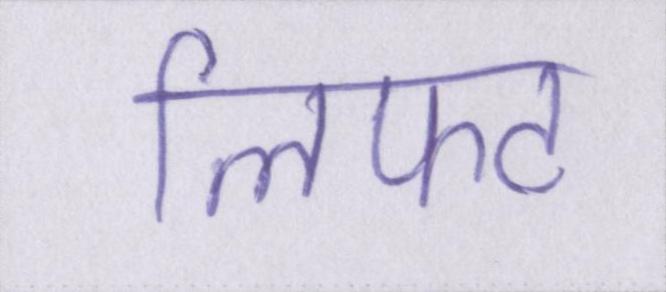
लिफ्ट